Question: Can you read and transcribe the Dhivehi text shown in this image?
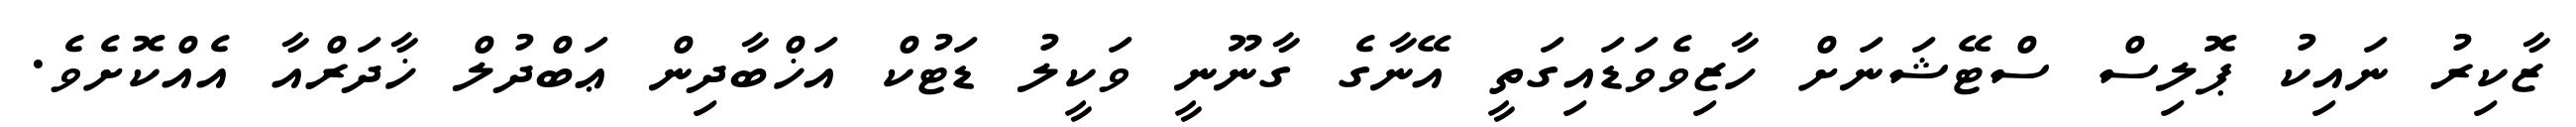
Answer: ޒާކިރު ނައިކު ޕޮލިސް ސްޓޭޝަނަށް ހާޒިވެވަޑައިގަތީ އޭނާގެ ގާނޫނީ ވަކީލު ޑަޓުކް އަޚްބާދިން ޢަބްދުލް ޚާދަރްއާ އެއްކޮށެވެ.